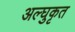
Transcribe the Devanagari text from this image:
अल्घुकृत